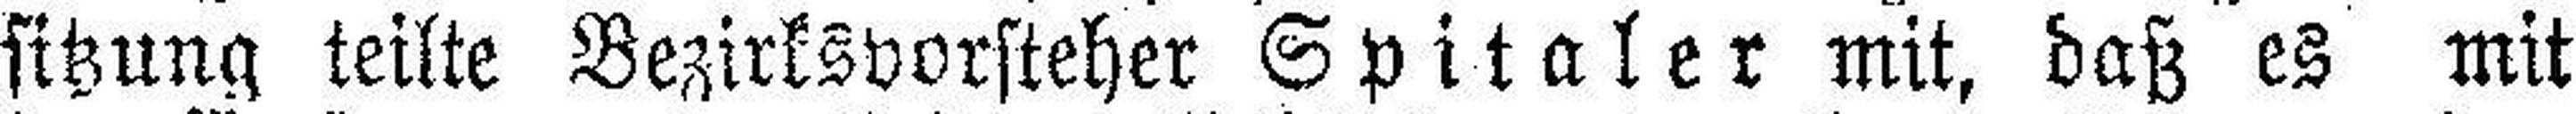
sitzung teilte Bezirksvorsteher Spitaler mit, daß es mit